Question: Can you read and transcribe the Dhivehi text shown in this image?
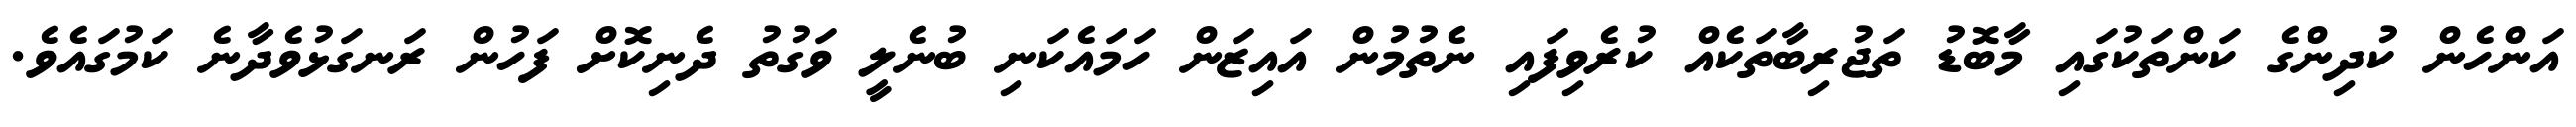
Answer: އަންހެން ކުދިންގެ ކަންތަކުގައި މާބޮޑު ތަޖުރިބާތަކެއް ކުރެވިފައި ނެތުމުން އައިޒަން ހަމައެކަނި ބުނެލީ ވަގުތު ދެނިކޮށް ފަހުން ރަނގަޅުވެދާނެ ކަމުގައެވެ.